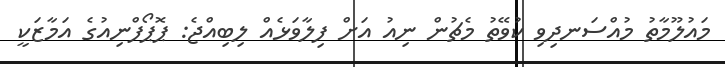
މައުލޫމާތު މުއްސަނދިވި ކުވޭތު މެޗުން ނިއު އަށް ފިލާވަޅެއް ލިބިއްޖެ: ޕޮޕޯފްނިއުގެ އަމާޒަކީ